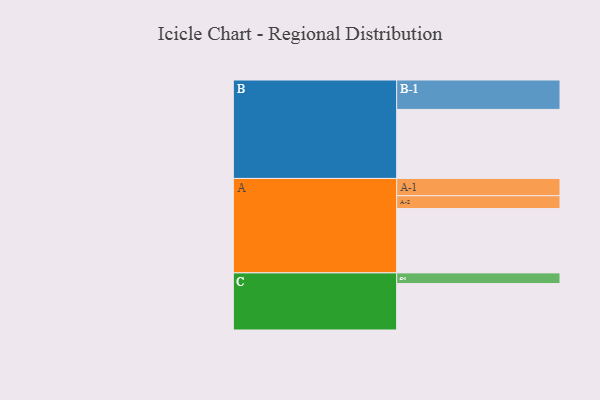
{"axis": {"x": "Segment", "y": "Value"}, "legend": ["", "A", "B", "C"], "data": [{"x": "A", "y": 529, "type": ""}, {"x": "B", "y": 568, "type": ""}, {"x": "C", "y": 382, "type": ""}, {"x": "A-1", "y": 142, "type": "A"}, {"x": "A-2", "y": 106, "type": "A"}, {"x": "B-1", "y": 242, "type": "B"}, {"x": "C-1", "y": 88, "type": "C"}]}